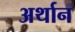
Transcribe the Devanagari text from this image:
अर्थान